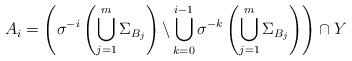
LaTeX: \begin{align*}A_i=\left(\sigma^{-i}\left(\bigcup_{j=1}^m \Sigma_{B_j}\right) \backslash \bigcup_{k=0}^{i-1} \sigma^{-k}\left(\bigcup_{j=1}^m \Sigma_{B_j}\right)\right) \cap Y\end{align*}